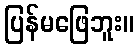
ပြန်မဖြေဘူး။